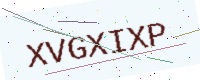
Text: XVGXIXP